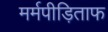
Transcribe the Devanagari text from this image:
मर्मपीड़िताफ